Note on the mental hospitals in Burma - 1925-1940
Year: 1925
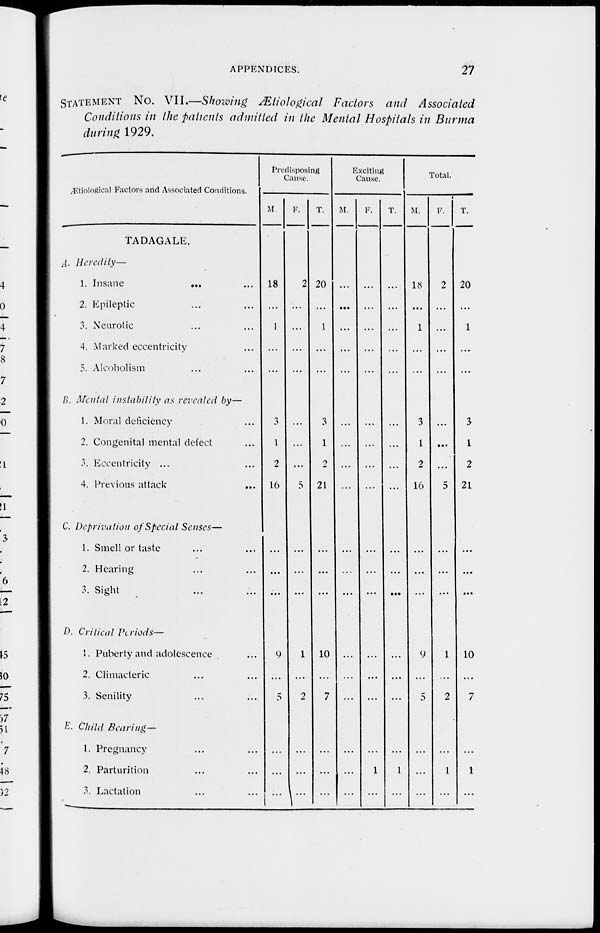
APPENDICES.
27
STATEMENT No. VII.—Showing Ætiological Factors and Associated
Conditions in the patients admitted in the Mental Hospitals in Burma
during 1929.
Ætiological Factors and Associated Conditions.
TADAGALE.
A. Heredity—
1. Insane
... ...
2. Epileptic ... ...
3. Neurotic ... ...
4. Marked eccentricity ... ...
5. Alcoholism ... ...
B. Mental instability as revealed by—
1. Moral deficiency ... ...
2. Congenital mental defect ...
3. Eccentricity ... ...
4. Previous attack ... ...
C. Deprivation of Special Senses—
1. Smell or taste ... ...
2. Hearing ... ...
3. Sight ... ...
D. Critical Periods—
1. Puberty and adolescence ...
2. Climacteric ... ...
3. Senility ... ...
E. Child Bearing—
1. Pregnancy ... ...
2. Parturition ... ...
3. Lactation ... ...
Predisposing
Cause.
M
18
...
1
...
...
3
1
2
16
...
...
...
9
...
5
...
...
...
F.
2
...
...
...
...
...
...
...
5
...
...
...
1
...
2
...
...
...
T.
20
...
1
...
...
3
1
2
21
...
...
...
10
...
7
...
...
...
Exciting
Cause.
M.
...
...
...
...
...
...
...
...
...
...
...
...
...
...
...
...
...
...
F.
...
...
...
...
...
...
...
...
...
...
...
...
...
...
...
...
1
...
T.
...
...
...
...
...
...
...
...
...
...
...
...
...
...
...
...
1
...
Total.
M.
18
...
1
...
...
3
1
2
16
...
...
...
9
...
5
...
...
...
F.
2
...
...
...
...
...
...
...
5
...
...
...
1
...
2
...
1
...
T.
20
...
1
...
...
3
1
2
21
...
...
...
10
...
7
...
1
...